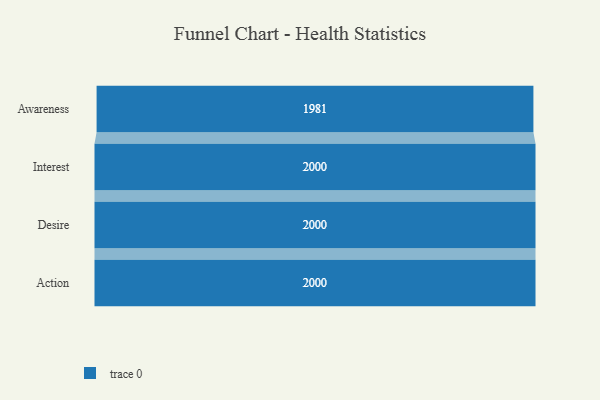
{"axis": {"x": "Stage", "y": "Value"}, "legend": [""], "data": [{"x": "Awareness", "y": 1981.0, "type": ""}, {"x": "Interest", "y": 2000, "type": ""}, {"x": "Desire", "y": 2000, "type": ""}, {"x": "Action", "y": 2000, "type": ""}]}